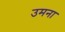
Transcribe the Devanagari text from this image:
उमना